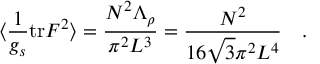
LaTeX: \langle \frac { 1 } { g _ { s } } \mathrm { t r } F ^ { 2 } \rangle = \frac { N ^ { 2 } \Lambda _ { \rho } } { \pi ^ { 2 } L ^ { 3 } } = \frac { N ^ { 2 } } { 1 6 \sqrt { 3 } \pi ^ { 2 } L ^ { 4 } } \quad .